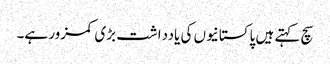
سچ کہتے ہیں پاکستانیوں کی یادداشت بڑی کمزور ہے۔